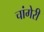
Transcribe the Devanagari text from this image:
चांगेरी